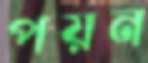
পয়ন